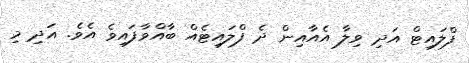
ފްލައިޓް އަދި ވިލާ އެއާއިން ދެ ފްލައިޓެއް ބާއްވާފައިވެ އެވެ. އަދި މި